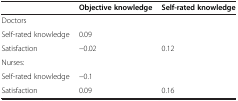
<table><thead><tr><td><b> </b></td><td><b>Objective knowledge</b></td><td><b>Self-rated knowledge</b></td></tr></thead><tbody><tr><td>Doctors</td><td> </td><td> </td></tr><tr><td>Self-rated knowledge</td><td>0.09</td><td> </td></tr><tr><td>Satisfaction</td><td>-0.02</td><td>0.12</td></tr><tr><td>Nurses:</td><td> </td><td> </td></tr><tr><td>Self-rated knowledge</td><td>-0.1</td><td> </td></tr><tr><td>Satisfaction</td><td>0.09</td><td>0.16</td></tr></tbody></table>